Annual report on the lock hospitals of the Madras Presidency
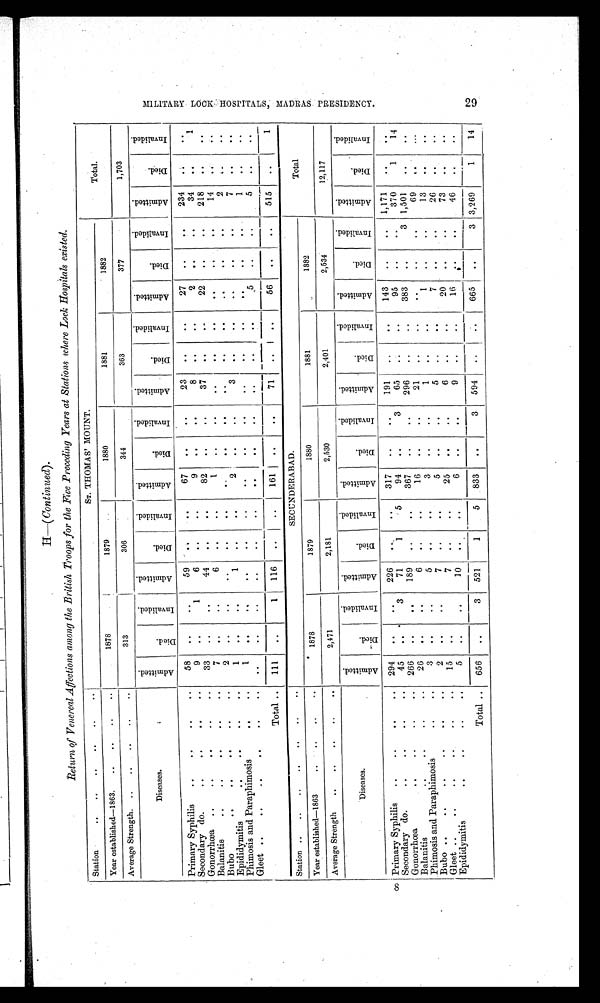
8
Return of Venereal Affections among the British Troops for the Five Preceding Years at Stations where Lock Hospitals existed.
Station
..
..
..
..
.. ..
ST. THOMAS' MOUNT.
Total.
Year established—1863.
..
..
..
..
1878
1879
1880
1881
1882
Average Strength. ..
..
..
..
..
313
306
344
363
377
1,703
Diseases.
A d m i t t e d .
D i e d .
I n v a l i d e d .
A d m i t t e d .
D i e d .
I n v a l i d e d .
A d m i t t e d .
D i e d .
I n v a l i d e d .
A d m i t t e d .
D i e d .
I n v a l i d e d .
A d m i t t e d .
D i e d .
I n v a l i d e d .
A d m i t t e d .
D i e d .
I n v a l i d e d .
Primary Syphilis
..
..
..
..
58
. .
. .
59
. .
. .
67
. .
. .
23
. .
. .
27
..
. .
234
. .
..
Secondary do.
.. .. .. ..
9
. .
1
6
. .
. .
9
. .
. .
8
..
. .
2
..
. .
34
. .
1
Gonorrhœa
..
..
..
.. ..
33
..
..
44
. .
. .
82
. .
. .
37
. .
. .
22
..
. .
218
. .
. .
Balanitis
..
..
..
..
..
7
..
. .
6
. .
. .
1
. .
. .
. .
. .
. .
..
. .
. .
14
. .
. .
Bubo
..
..
..
..
..
2
..
..
. .
. .
. .
..
. .
. .
. .
. .
. .
..
. .
. .
2
. .
. .
Epididymitis
..
..
..
..
1
..
..
1
. .
. .
2
. .
. .
3
. .
. .
..
..
. .
7
. .
. .
Phimosis and Paraphimosis
..
..
1
. .
. .
. .
. .
. .
. .
. .
. .
. .
. .
. .
. .
. .
. .
1
. .
. .
Gleet ..
..
..
..
..
..
. .
..
. .
..
. .
. .
. .
. .
. .
..
. .
. .
5
..
. .
5
. .
. .
Total ..
111
..
1
116
. .
. . 161
. .
. .
71
..
. .
56
. .
. .
515
. .
1
Station ..
..
..
..
..
..
..
SECUNDERABAD.
Total
Year established—1863
..
..
..
..
1878
1879
1880
1881
1882
Average Strength
..
..
.. .. ..
2,471
2,181
2,530
2,401
2,534
12,117
Diseases.
A d m i t t e d .
D i e d .
I n v a l i d e d .
A d m i t t e d .
D i e d .
I n v a l i d e d .
A d m i t t e d .
D i e d .
I n v a l i d e d .
A d m i t t e d .
D i e d .
I n v a l i d e d .
A d m i t t e d .
D i e d .
I n v a l i d e d .
A d m i t t e d .
D i e d .
I n v a l i d e d .
Primary Syphilis
..
.. .. ..
294
. .
. .
226
. .
..
317
..
..
191
. .
. .
143
..
..
1,171
. .
. .
Secondary do.
..
.. .. ..
45
. .
3
71
1
5
94
. .
3
65
. .
. .
95
..
. .
370
1
14
Gonorrhœa
..
..
..
..
266
. .
..
189
. .
..
367
..
..
296
..
. .
383
..
3 1,501
. .
. .
Balanitis
..
..
..
..
26
. .
..
6
..
..
16
..
..
21
. .
. .
. .
. .
..
69
. .
. . .
Phimosis and Paraphimosis
..
..
3
. .
..
5
..
..
3
..
. .
1
. .
. .
1
..
..
13
. .
..
Bubo ..
..
.. .. .. ..
2
..
. .
7
. .
..
5
..
..
5
. .
. .
7
..
. .
26
..
..
Gleet ..
..
..
..
.. ..
15
..
. .
7
. .
..
25
. .
..
6
. .
. .
20
. .
. .
73
..
. .
Epididymitis
.. .. .. ..
5
. .
..
10
..
..
6
. .
..
9
..
. .
16
. .
..
46
. .
..
Total ..
656
..
3
521
1
5
833
. .
3
594
. .
. . 665
. .
3 3,269
1
14
M I L I T A R Y L O C K H O S P I T A L S , M A D R A S P R E S I D E N C Y . 2 9